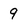
Character: 9